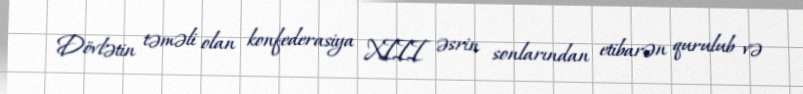
Dövlətin təməli olan konfederasiya XIII əsrin sonlarından etibarən qurulub və